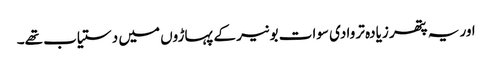
اور یہ پتھر زیادہ تر وادی سوات بونیر کے پہاڑوں میں دستیاب تھے۔